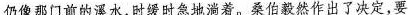
仍像那门前的溪水，时缓时急地淌着。桑伯毅然作出了决定，要